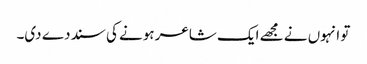
تو انہوں نے مجھے ایک شاعر ہونے کی سند دے دی۔